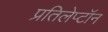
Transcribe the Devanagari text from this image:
प्रतिलेप्टॉन